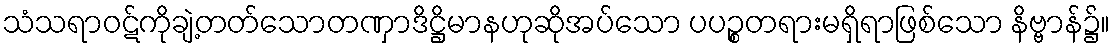
သံသရာဝဋ်ကိုချဲ့တတ်သောတဏှာဒိဋ္ဌိမာနဟုဆိုအပ်သော ပပဉ္စတရားမရှိရာဖြစ်သော နိဗ္ဗာန်၌။